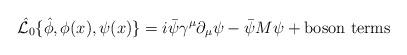
LaTeX: \begin{align*}\hat{{\cal L}_0}\{\hat{\phi},\phi(x), \psi(x)\}=i\bar{\psi}\gamma^{\mu}\partial_{\mu}\psi-\bar{\psi}M\psi+{\rm boson~ terms}\end{align*}